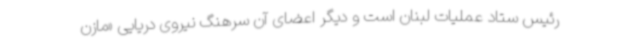
رئیس ستاد عملیات لبنان است و دیگر اعضای آن سرهنگ نیروی دریایی «مازن